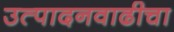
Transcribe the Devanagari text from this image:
उत्पादनवाढीचा